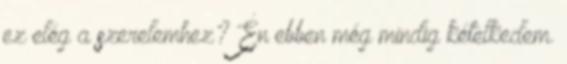
ez elég a szerelemhez? Én ebben még mindig kételkedem.